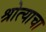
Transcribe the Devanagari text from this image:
श्रोत्याचा